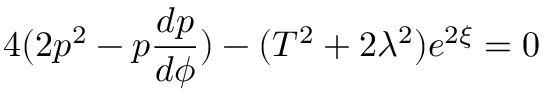
4 ( 2 p ^ { 2 } - p \frac { d p } { d \phi } ) - ( T ^ { 2 } + 2 \lambda ^ { 2 } ) e ^ { 2 \xi } = 0